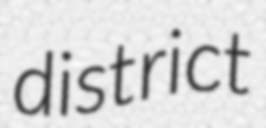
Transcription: district